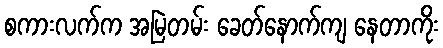
စကားလက်က အမြဲတမ်း ခေတ်နောက်ကျ နေတာကိုး